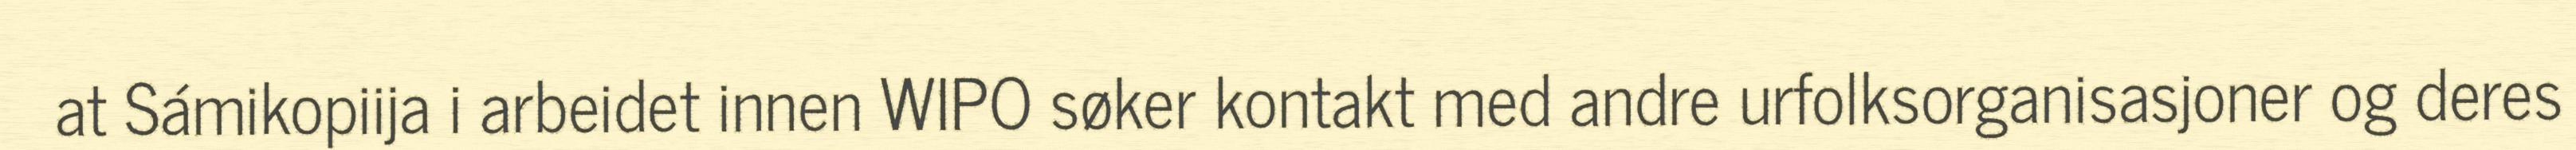
at Sámikopiija i arbeidet innen WIPO søker kontakt med andre urfolksorganisasjoner og deres